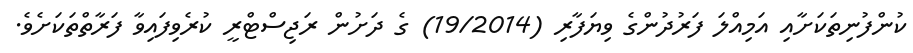
ކުންފުނިތަކަށާއި އަމިއްލަ ފަރުދުންގެ ވިޔަފާރި (19/2014) ގެ ދަށުން ރަޖިސްޓްރީ ކުރެވިފައިވާ ފަރާތްތަކަށެވެ.